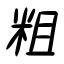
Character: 粗